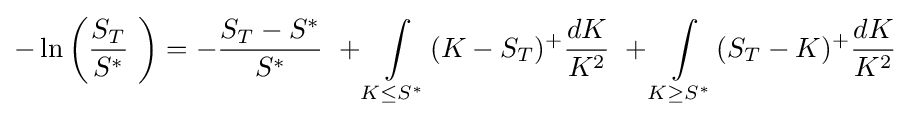
-\ln \left({\frac {S_{T}}{S^{*}}}\ \right)=-{\frac {S_{T}-S^{*}}{S^{*}}}\ +\int \limits _{K\leq S^{*}}(K-S_{T})^{+}{\frac {dK}{K^{2}}}\ +\int \limits _{K\geq S^{*}}(S_{T}-K)^{+}{\frac {dK}{K^{2}}}\